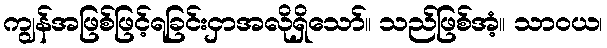
ကျွန်အဖြစ်ဖြင့်ရခြင်းငှာအလိုရှိသော်။ သည်ဖြစ်အံ့။ သာဝယ၊